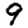
Digit: 9